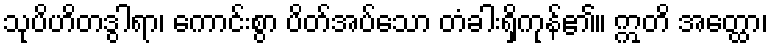
သုပိဟိတဒွါရာ၊ ကောင်းစွာ ပိတ်အပ်သော တံခါးရှိကုန်၏။ ဣတိ အတ္ထော၊